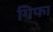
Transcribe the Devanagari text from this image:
गिफा